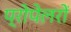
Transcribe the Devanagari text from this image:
प्रोपेलरों